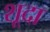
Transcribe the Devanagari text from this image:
शूदा